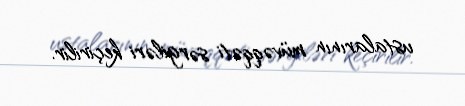
ustalarının müvəqqəti sərgiləri keçirilir.